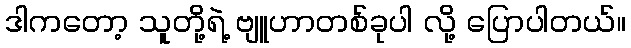
ဒါကတော့ သူတို့ရဲ့ ဗျူဟာတစ်ခုပါ လို့ ပြောပါတယ်။